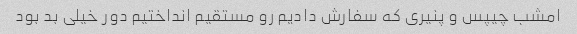
امشب چیپس و پنیری که سفارش دادیم رو مستقیم انداختیم دور خیلی بد بود